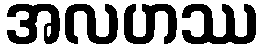
အလဟဿ